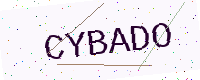
Text: CYBADO